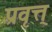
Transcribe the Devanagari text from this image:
प्रवृत्त्